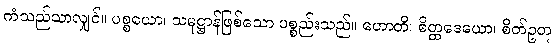
ကံသည်သာလျှင်။ ပစ္စယော၊ သမုဋ္ဌာန်ဖြစ်သော ပစ္စည်းသည်။ ဟောတိ၊ စိတ္တဒေယော၊ စိတ်ဥတု